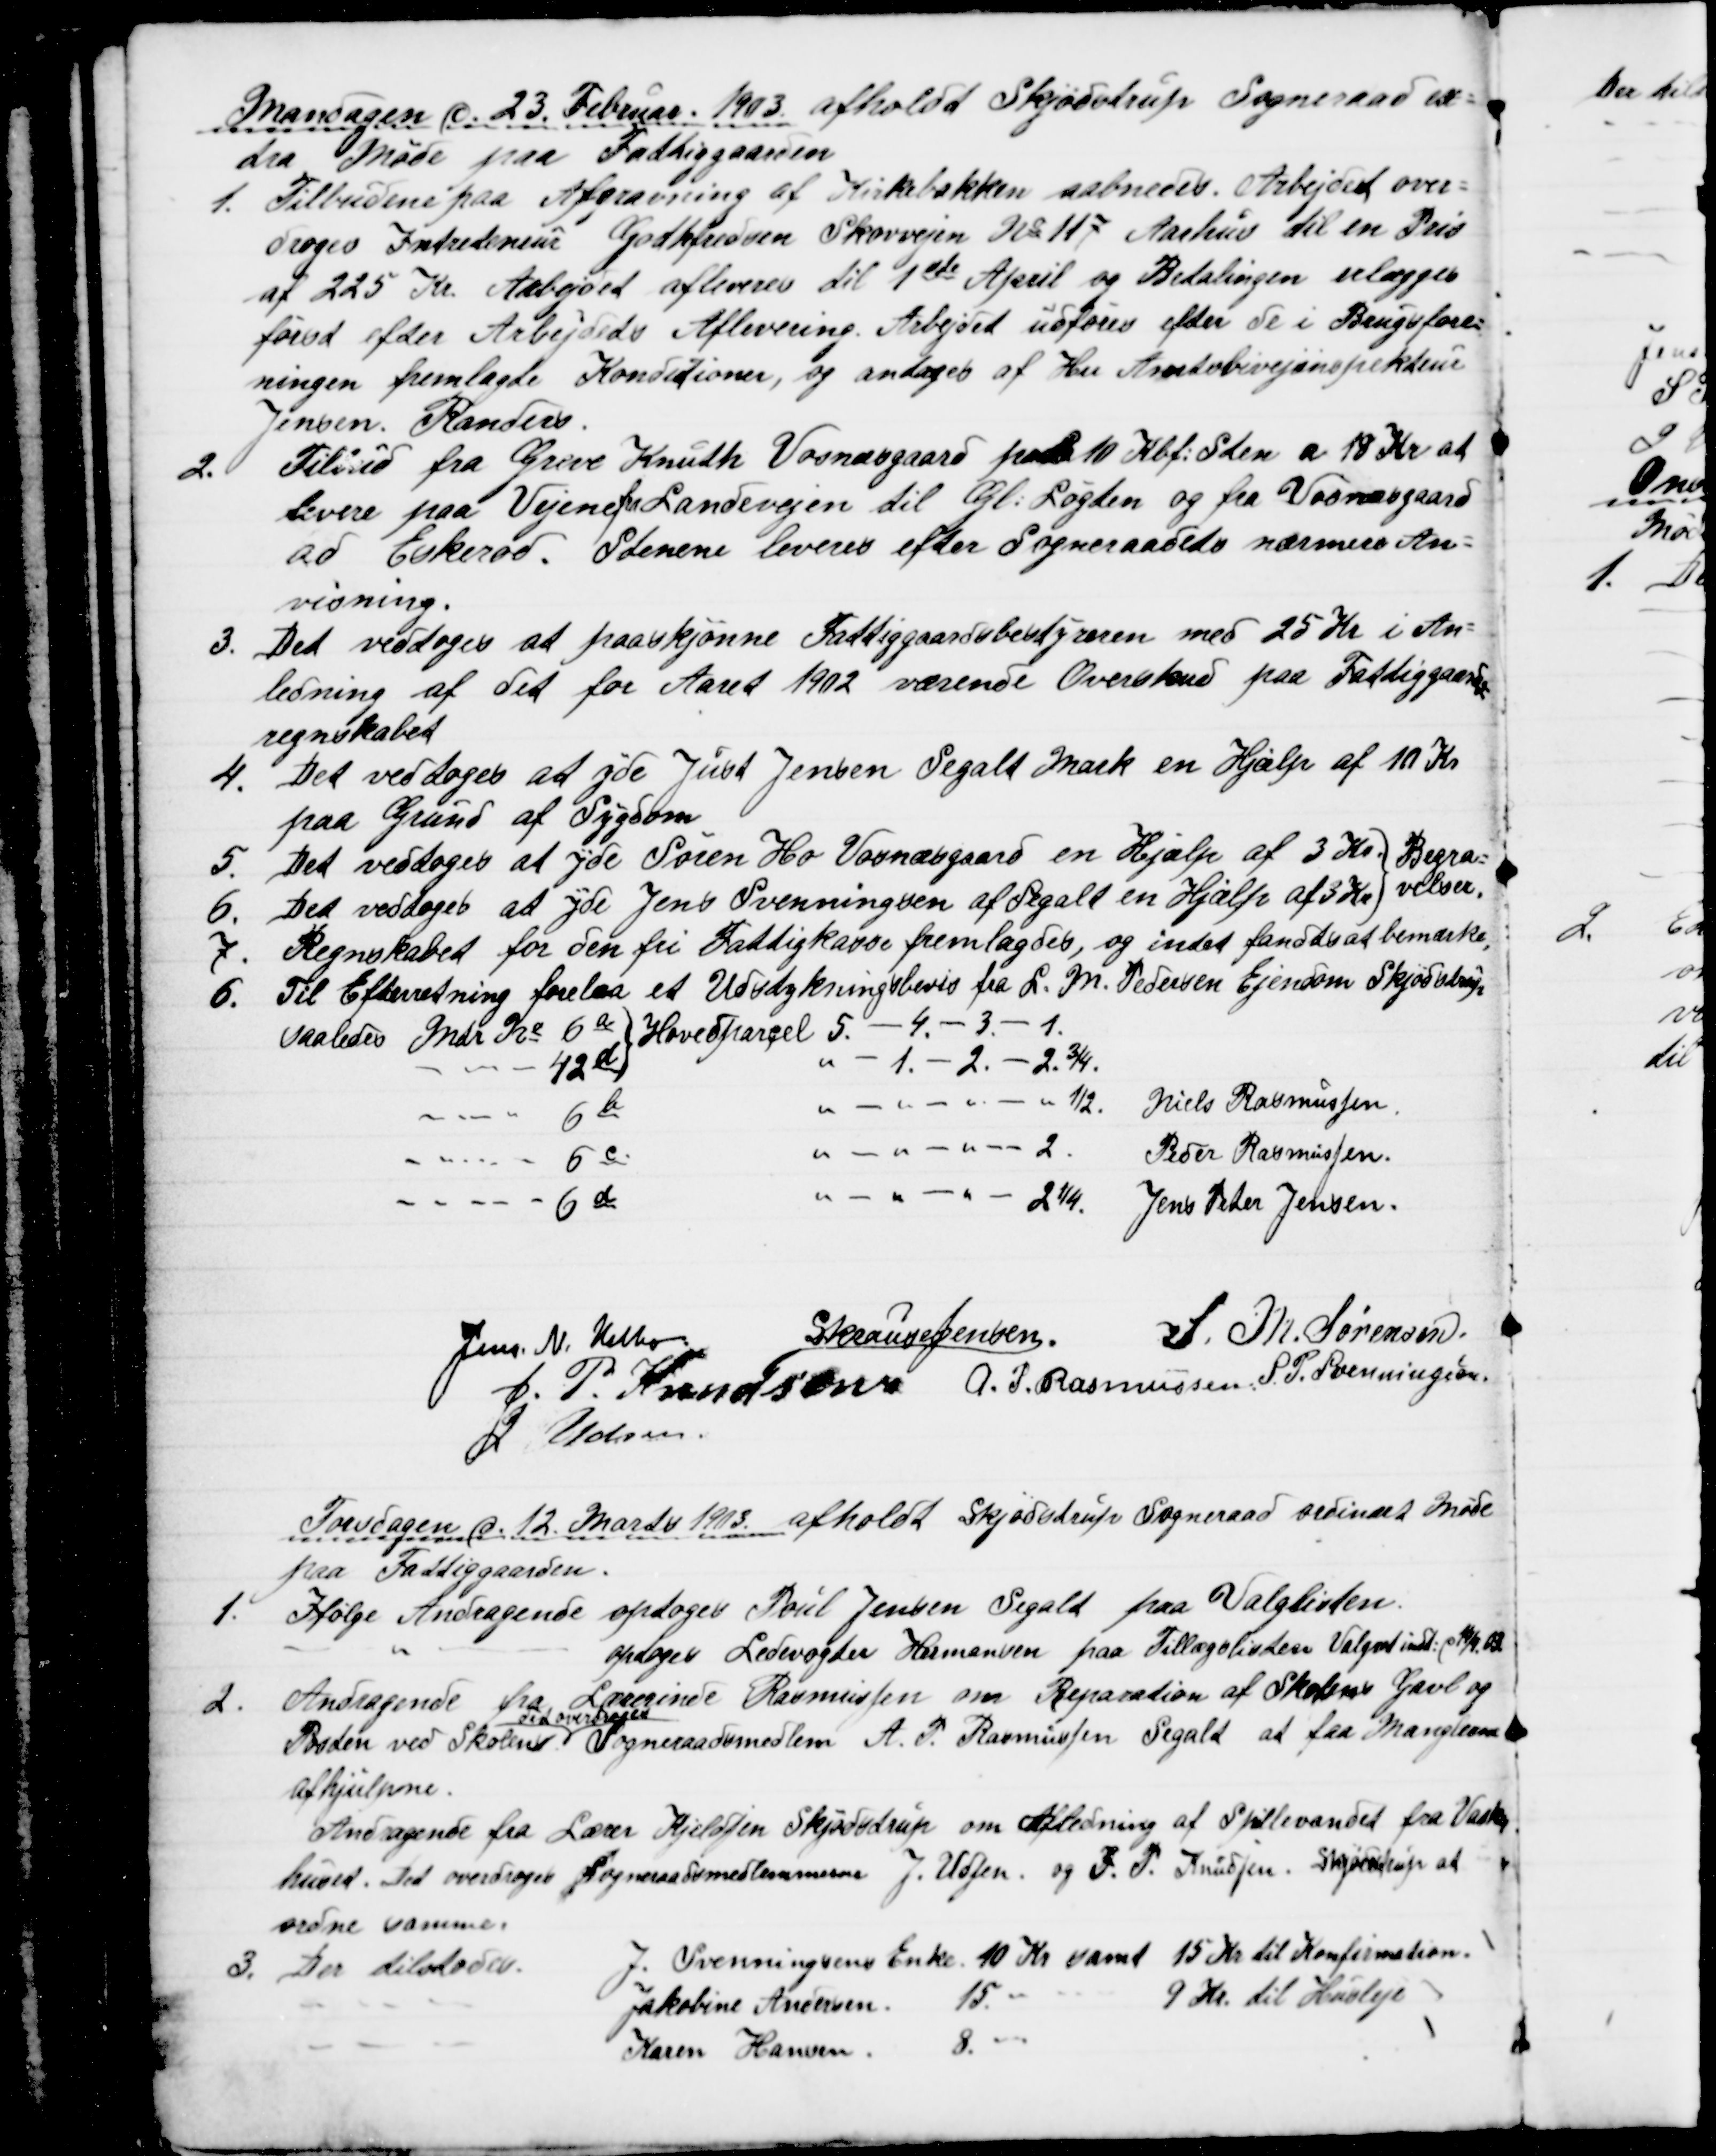
Transskription:
Mandagen d. 23. Februar. 1903 afholdt Skjødstrup Sogneraad ex=
tra Møde paa Fattiggaarden
1. 
Tilbudene paa Afgravning af Kirkebakken aabnedes. Arbejdet over=
droges Intreteneur Godtfredsen Skovvejen № 117 Aarhus til en Pris
af 225 Kr. Arbejdet afleveres til 1ste April og Betalingen erlægges
først efter Arbejdets Aflevering. Arbejdet udføres efter de i Brugsfore-
ningen fremlagte Konditioner, og antages af Herr Amtsbivejinspekteur
Jensen Randers
2.
Tilbud fra Greve Knuth Vosnæsgaard paa 10 Kbf. Sten a 18 Kr at
levere paa Vejene fra Landevejen til Gl. Løgten og fra Vosnæsgaard
ad Eskerod. Stenene leveres efter Sogneraadets nærmere An=
visning.
3.
Det vedtoges at paaskjønne Fattiggaardsbestyreren med 25 Kr i An=
ledning af det for Aaret 1902 værende Overskud paa Fattiggaards=
regnskabet
4.
Det vedtoges at yde Just Jensen Segalt Mark en Hjælp af 10 Kr
paa Grund af Sygdom
5.
Det vedtoges at yde Søren Ho Vosnæsgaard en Hjælp af 3 Kr. 
6. Det vedtoges at yde Jens Svenningsen af Segalt en Hjælp af 3 Kr.
Begra=
velser.
7. Regnskabet for den fri Fattigkasse fremlagdes, og intet fandtes at bemærke,
6. Til Efterretning forelaa et Udstykningsbevis fra L. M. Pedersen Ejendom Skjødstrup
saaledes Mtr. № 6a Hovedparcel 5. - 4 - 3 - 1.
42d
1. - 2. - 2.¾.
6b
½.
Niels Rasmussen
6c
2.
Peder Rasmussen
6d
2¼. Jens Peter Jensen.
Jens N. Helbo
A Krause Jensen.
S. M. Sørensen
J. P. Knudsen A. P. Rasmussen S. P. Svenningsen
J. Udsen.
Torsdagen d. 12. Marts 1913 afholdt Skjødstrup Sogneraad ordinært Møde
paa Fattiggaarden.
1.
Ifølge Andragende optoges Poul Jensen Segalt paa Valglisten.
optoges Ledevogter Hermansen paa Tillægslisten Valgret indt: 14/9. 03
2.
Andragende fra Lærerinde Rasmussen om Reparation af Skolens Gavl og
Porten ved Skolen
det overdroges
Sogneraadsmedlem A. P. Rasmussen Segalt at faa Manglerne
afhjulpne.
Andragende fra Lærer Kjeldsen Skjødstrup om Afledning af Spillevandet fra Vaske
huset. Det overdroges Sogneraadsmedlemmerne J. Udsen og J. P. Knudsen. Skjødstrup at
ordne samme.
3. Der tilstodes.
J. Svenningsens Enke 10 Kr samt 15 Kr til Konfirmation.
Jakobine Andersen.
15.
9 Kr. til Husleje
Karen Hansen
8.